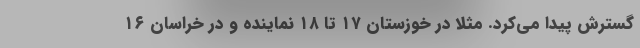
گسترش پیدا می‌کرد. مثلا در خوزستان ۱۷ تا ۱۸ نماینده و در خراسان ۱۶